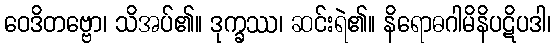
ဝေဒိတဗ္ဗော၊ သိအပ်၏။ ဒုက္ခဿ၊ ဆင်းရဲ၏။ နိရောဓဂါမိနိပဋိပဒါ၊